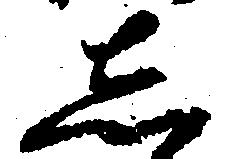
し